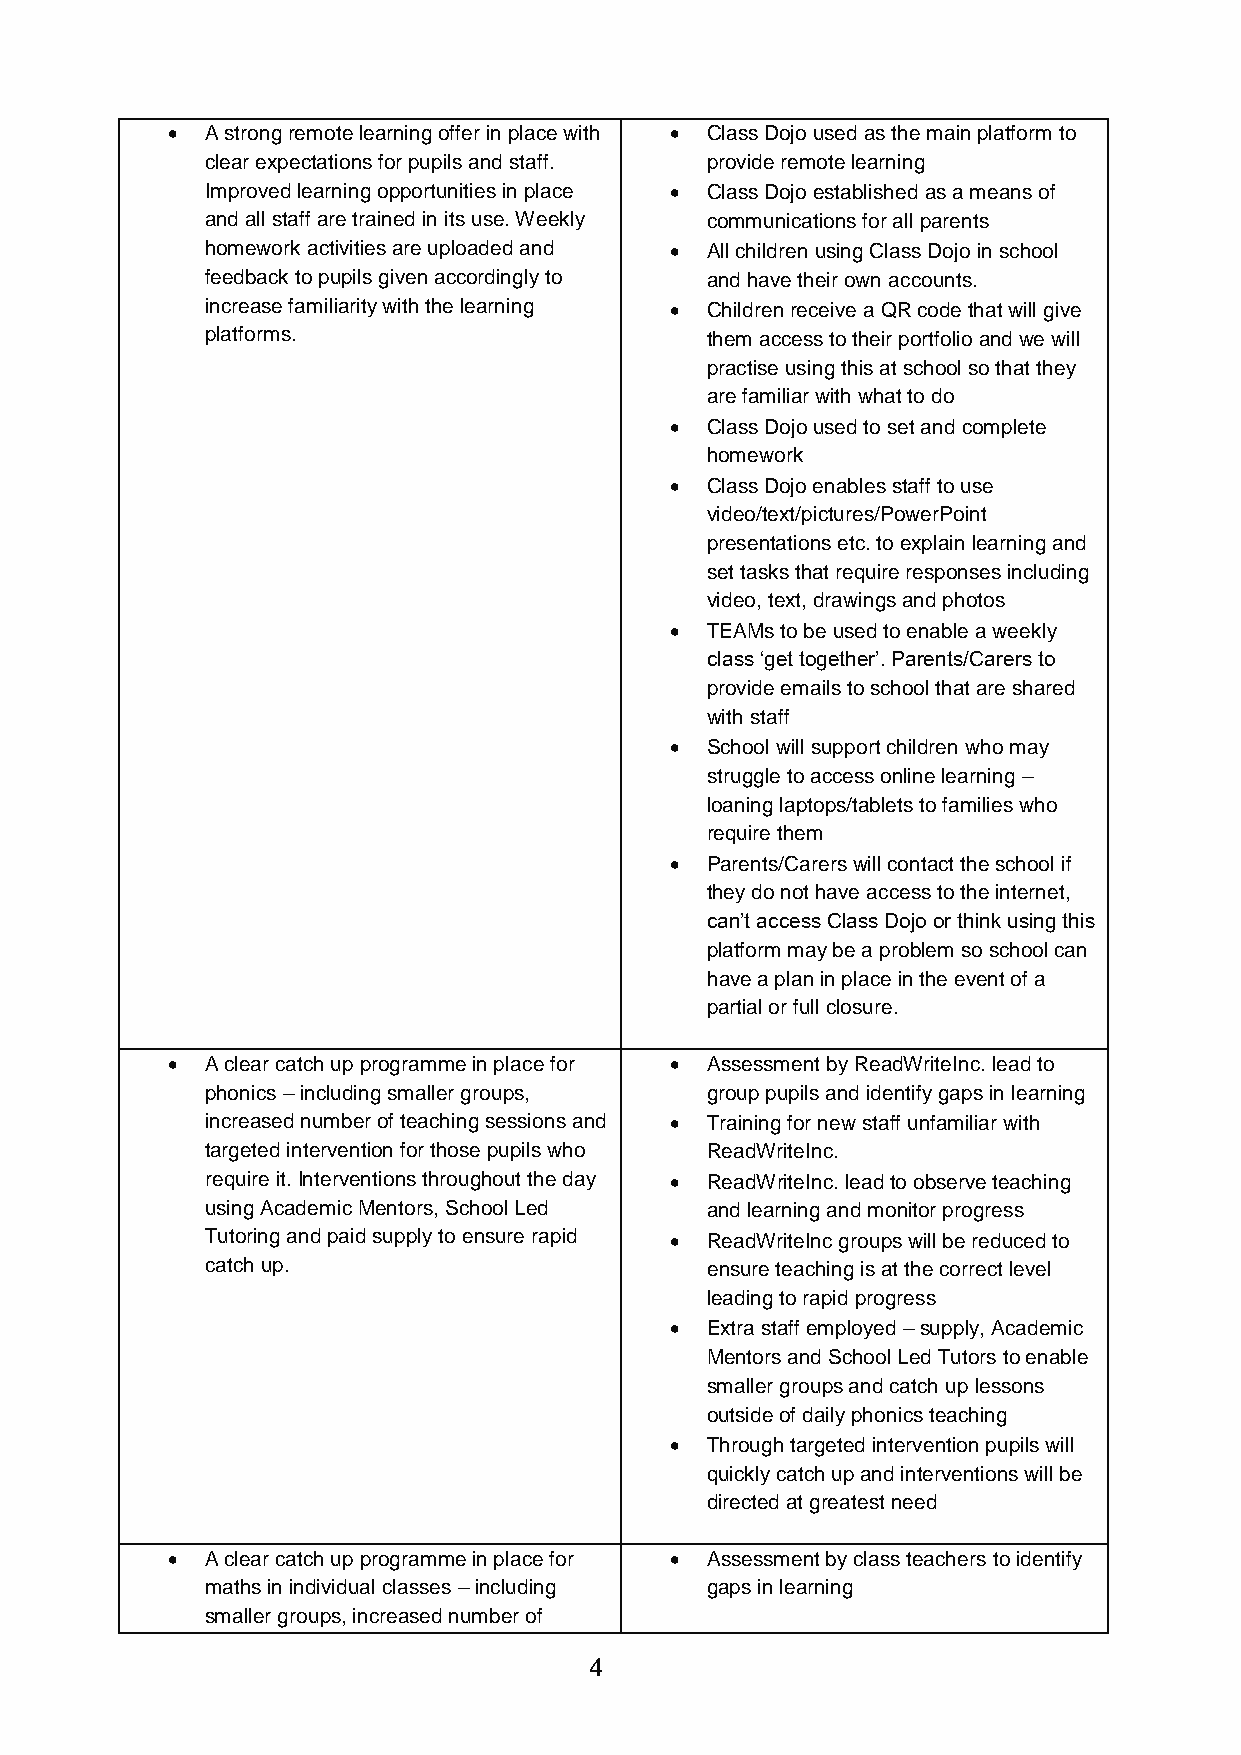
•  A strong remote learning offer in place with • Class Dojo used as the main platform to
 clear expectations for pupils and staff. provide remote learning
 Improved learning opportunities in place • Class Dojo established as a means of
 and all staff are trained in its use. Weekly communications for all parents
 homework activities are uploaded and • All children using Class Dojo in school
 feedback to pupils given accordingly to and have their own accounts.
 increase familiarity with the learning • Children receive a QR code that will give
 platforms.                       them access to their portfolio and we will
 practise using this at school so that they
 are familiar with what to do
 •  Class Dojo used to set and complete
 homework
 •  Class Dojo enables staff to use
 video/text/pictures/PowerPoint
 presentations etc. to explain learning and
 set tasks that require responses including
 video, text, drawings and photos
 •  TEAMs to be used to enable a weekly
 class ‘get together’. Parents/Carers to
 provide emails to school that are shared
 with staff
 •  School will support children who may
 struggle to access online learning –
 loaning laptops/tablets to families who
 require them
 •  Parents/Carers will contact the school if
 they do not have access to the internet,
 can’t access Class Dojo or think using this
 platform may be a problem so school can
 have a plan in place in the event of a
 partial or full closure.
 •  A clear catch up programme in place for • Assessment by ReadWriteInc. lead to
 phonics – including smaller groups, group pupils and identify gaps in learning
 increased number of teaching sessions and • Training for new staff unfamiliar with
 targeted intervention for those pupils who ReadWriteInc.
 require it. Interventions throughout the day • ReadWriteInc. lead to observe teaching
 using Academic Mentors, School Led and learning and monitor progress
 Tutoring and paid supply to ensure rapid • ReadWriteInc groups will be reduced to
 catch up.                        ensure teaching is at the correct level
 leading to rapid progress
 •  Extra staff employed – supply, Academic
 Mentors and School Led Tutors to enable
 smaller groups and catch up lessons
 outside of daily phonics teaching
 •  Through targeted intervention pupils will
 quickly catch up and interventions will be
 directed at greatest need
 •  A clear catch up programme in place for • Assessment by class teachers to identify
 maths in individual classes – including gaps in learning
 smaller groups, increased number of
 4